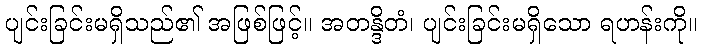
ပျင်းခြင်းမရှိသည်၏ အဖြစ်ဖြင့်။ အတန္ဒိတံ၊ ပျင်းခြင်းမရှိသော ရဟန်းကို။